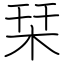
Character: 栞